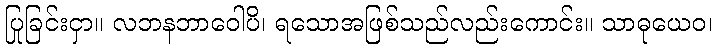
ပြုခြင်းငှာ။ လဘနဘာဝေါပိ၊ ရသောအဖြစ်သည်လည်းကောင်း။ သာဓုယေဝ၊